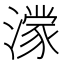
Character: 𪷟